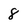
Character: 8